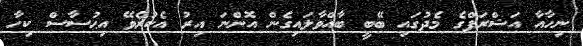
ނިހާއާ އަޝްރަފްގެ މެދުގައި ބޭބީ ބާއްވާލައިގެން އޮންނަ އިރު އެކުރެވޭ އިޙުސާސް ކިހާ